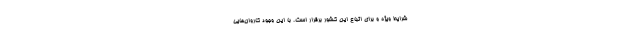
شرایط ویژه و برای اتباع این کشور برقرار است. با این وجود کاروان‌هایی